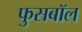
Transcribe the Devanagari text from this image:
फुसबॉल